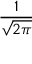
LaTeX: \frac { 1 } { \sqrt { 2 \pi } }